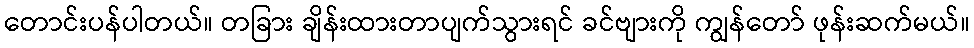
တောင်းပန်ပါတယ်။ တခြား ချိန်းထားတာပျက်သွားရင် ခင်ဗျားကို ကျွန်တော် ဖုန်းဆက်မယ်။